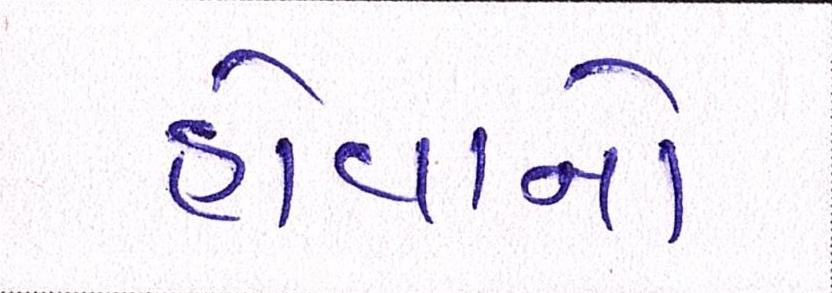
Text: હોવાનો